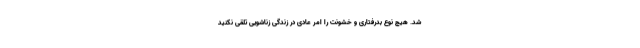
شد. هیچ نوع بدرفتاری و خشونت را امر عادی در زندگی زناشویی تلقی نکنید